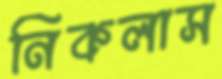
নিকলাস